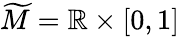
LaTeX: \widetilde{M}=\mathbb{R}\times[0,1]